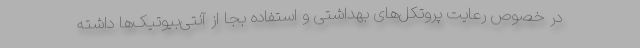
در خصوص رعایت پروتکل‌های بهداشتی و استفاده بجا از آنتی‌بیوتیک‌ها داشته